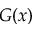
G ( x )